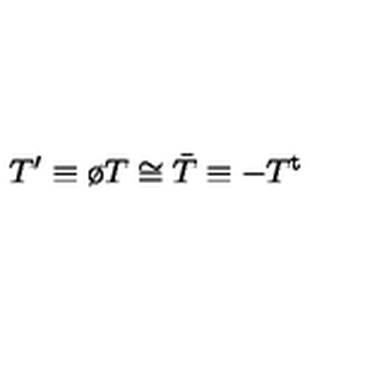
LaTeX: T ^ { \prime } \equiv \o T \cong \bar { T } \equiv - T ^ { \mathrm { t } }